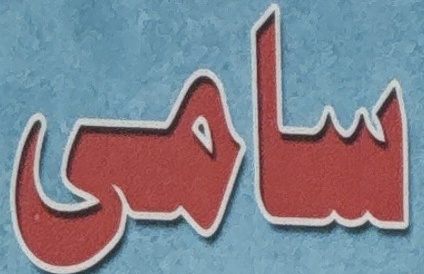
سامى